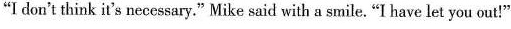
"I don't think it's necessary." Mike said with a smile."I have let you out!"